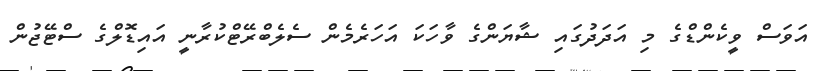
އަވަސް ވީކެންޑްގެ މި އަދަދުގައި ޝާޔަންގެ ވާހަކަ އަހަރެމެން ސެލެބްރޭޓްކުރާނީ އައިޑޮލްގެ ސްޓޭޖުން